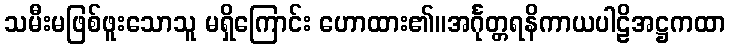
သမီးမဖြစ်ဖူးသောသူ မရှိကြောင်း ဟောထား၏။အင်္ဂုတ္တရနိကာယပါဠိအဋ္ဌကထာ